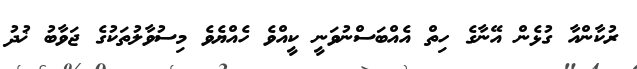
ރުކާންއާ ގުޅެން އޭނާގެ ހިތް އެއްބަސްނުވަނީ ކީއްވެ ހެއްޔެވެ މިސުވާލުތަކުގެ ޖަވާބު ޚުދު